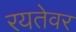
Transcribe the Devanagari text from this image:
रयतेवर